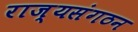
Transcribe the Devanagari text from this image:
राज्यसंगठन